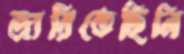
জারিতেছিলি